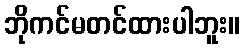
ဘိုကင်မတင်ထားပါဘူး။